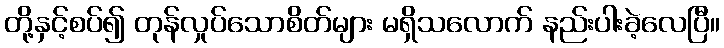
တို့နှင့်စပ်၍ တုန်လှုပ်သောစိတ်များ မရှိသလောက် နည်းပါးခဲ့လေပြီ။